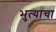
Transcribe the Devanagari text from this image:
भुत्याचा